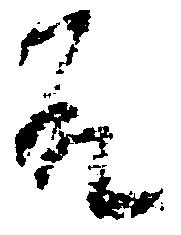
殿